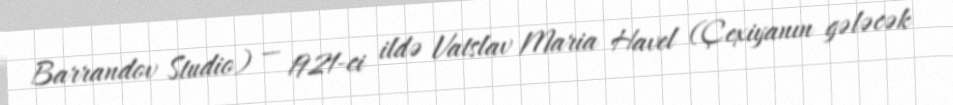
Barrandov Studio) — 1921-ci ildə Vatslav Maria Havel (Çexiyanın gələcək